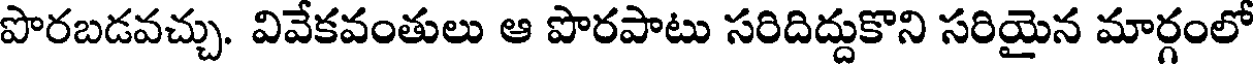
పొరబడవచ్చు. వివేకవంతులు ఆ పొరపాటు సరిదిద్దుకొని సరియైన మార్గంలో